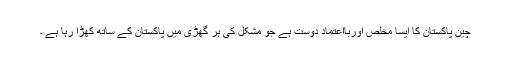
چین پاکستان کا ایسا مخلص اوربااعتماد دوست ہے جو مشکل کی ہر گھڑی میں پاکستان کے ساتھ کھڑا رہا ہے ۔